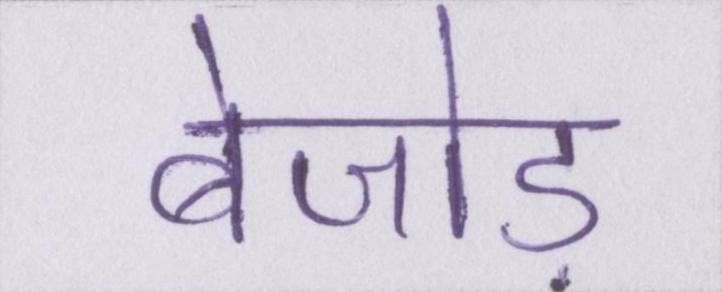
बेजोड़